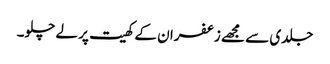
جلدی سے مجھے زعفران کے کھیت پر لے چلو۔